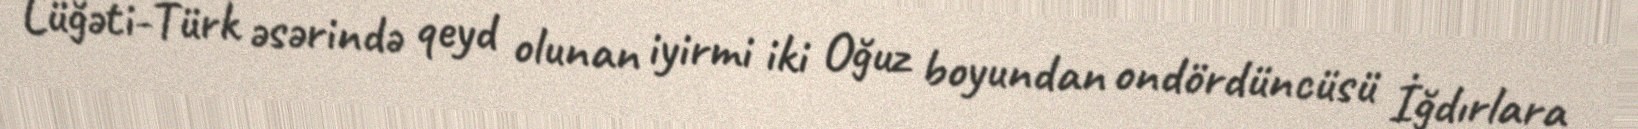
Lüğəti-Türk əsərində qeyd olunan iyirmi iki Oğuz boyundan ondördüncüsü İğdırlara